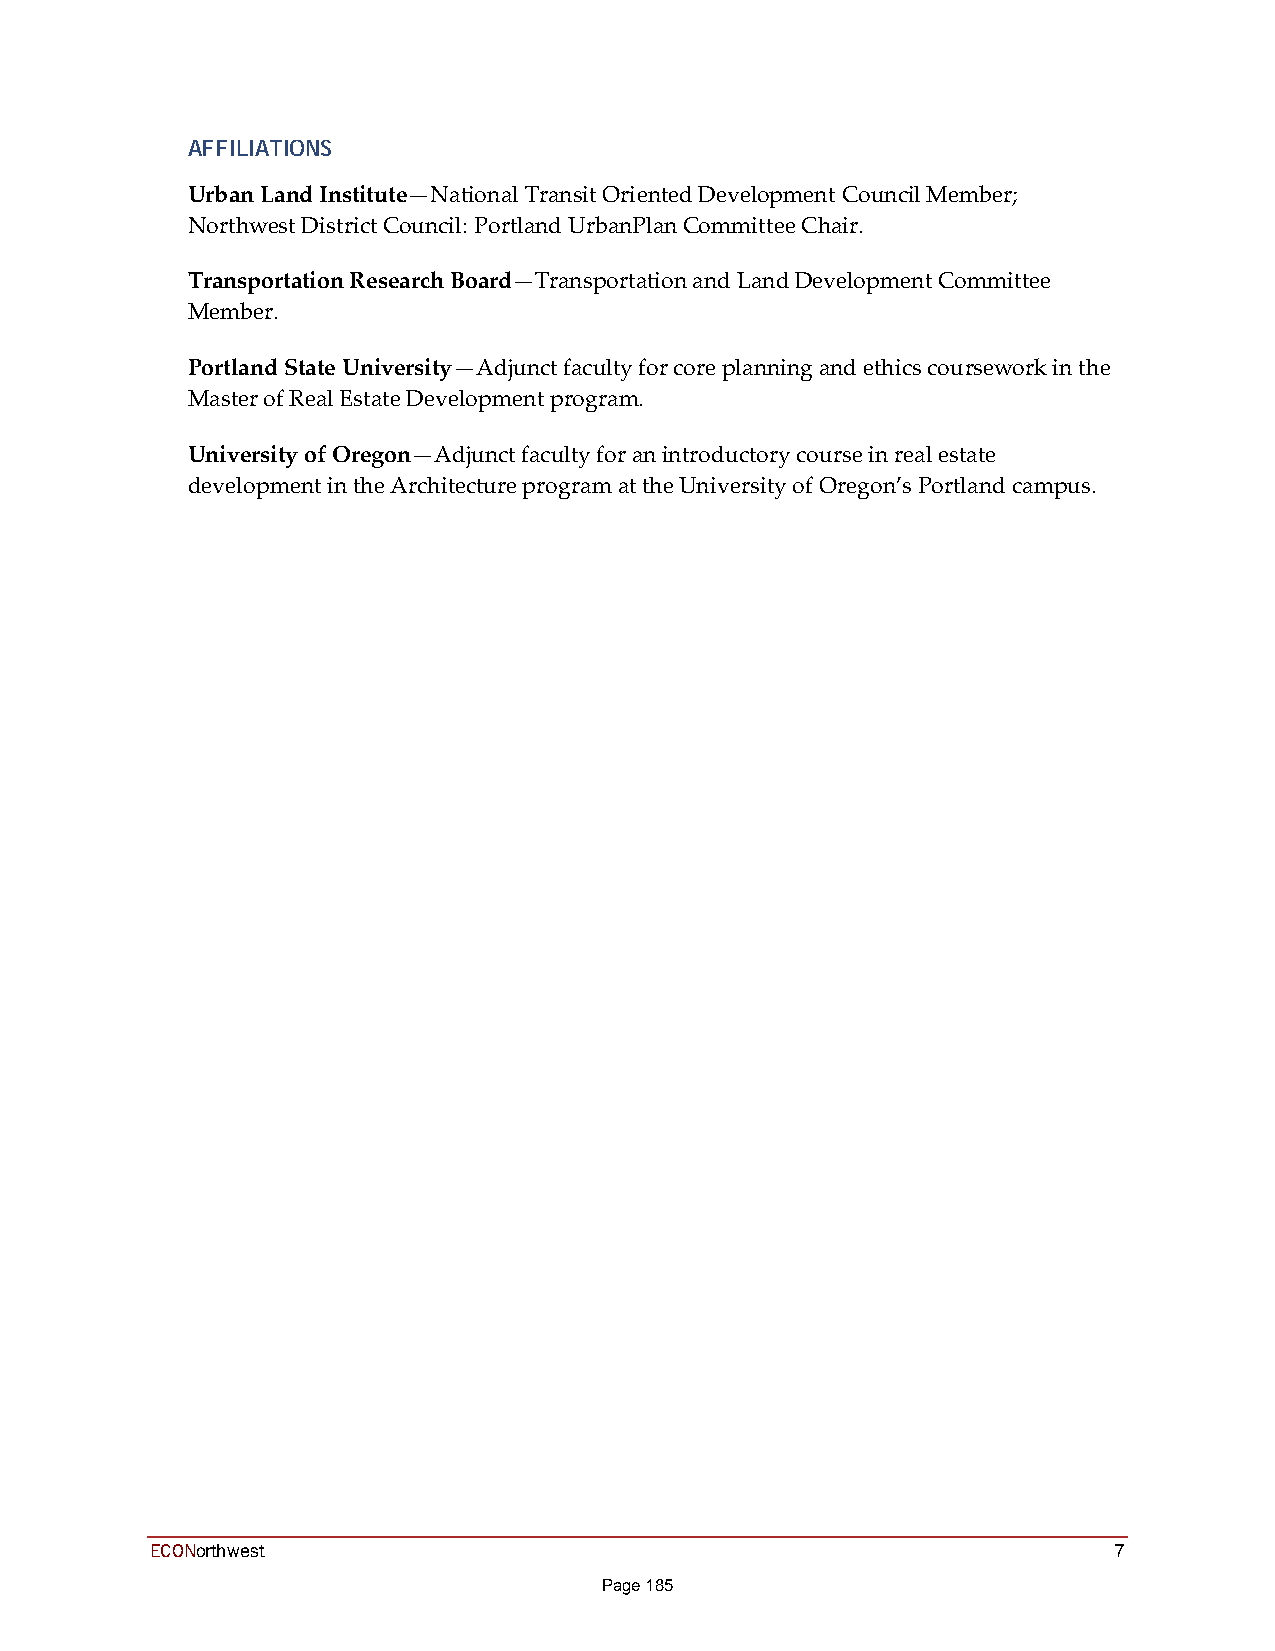
AFFILIATIONS
 Urban Land Institute—National Transit Oriented Development Council Member;
 Northwest District Council: Portland UrbanPlan Committee Chair.
 Transportation Research Board—Transportation and Land Development Committee
 Member.
 Portland State University—Adjunct faculty for core planning and ethics coursework in the
 Master of Real Estate Development program.
 University of Oregon—Adjunct faculty for an introductory course in real estate
 development in the Architecture program at the University of Oregon’s Portland campus.
 ECONorthwest                                                    7
 Page 185